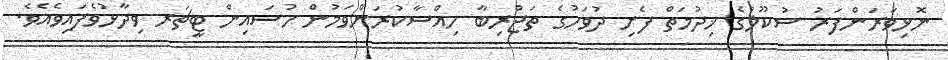
ނޮޅިވަރަންފަރު ސުކޫލުގެ ޚިދުމަތް ފެށި ދުވަހުގެ ތަޖުރިބާ ހިއްސާކުރަންވަމުން ހުސައިން ޓީޗަރ ވިދާޅުވެފައިވެއެެވެ.